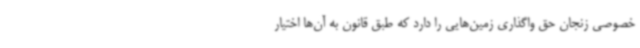
خصوصی زنجان حق واگذاری زمین‌هایی را دارد که طبق قانون به آن‌ها اختیار